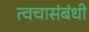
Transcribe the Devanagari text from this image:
त्वचासंबंधी